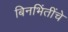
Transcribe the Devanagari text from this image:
बिनभिंतींचे